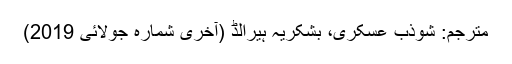
مترجم: شوذب عسکری، بشکریہ ہیرالڈ (ٓآخری شمارہ جولائی 2019)